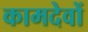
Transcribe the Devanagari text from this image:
कामदेवों